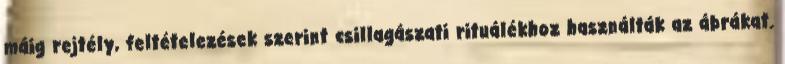
máig rejtély, feltételezések szerint csillagászati rituálékhoz használták az ábrákat.